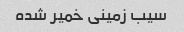
سیب زمینی خمیر شده